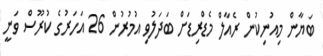
ބަޔާން މިއުނިކުން ރެއާލް މެޑްރިޑަށް ބަދަލުވި އުމުރުން 26 އަހަރުގެ ކުރޫސް ވަނީ